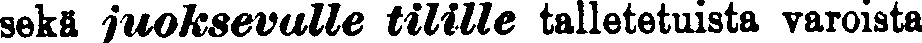
sekä juoksevalle tilille talletetuista varoista